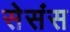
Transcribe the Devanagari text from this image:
सेसंस